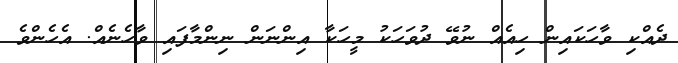
ދެއްކި ވާހަކައިން ހިއެއް ނުވޭ ދުވަހަކު މީހަކާ އިންނަން ނިންމާފައި ވާހެނެއް. އެހެންވެ